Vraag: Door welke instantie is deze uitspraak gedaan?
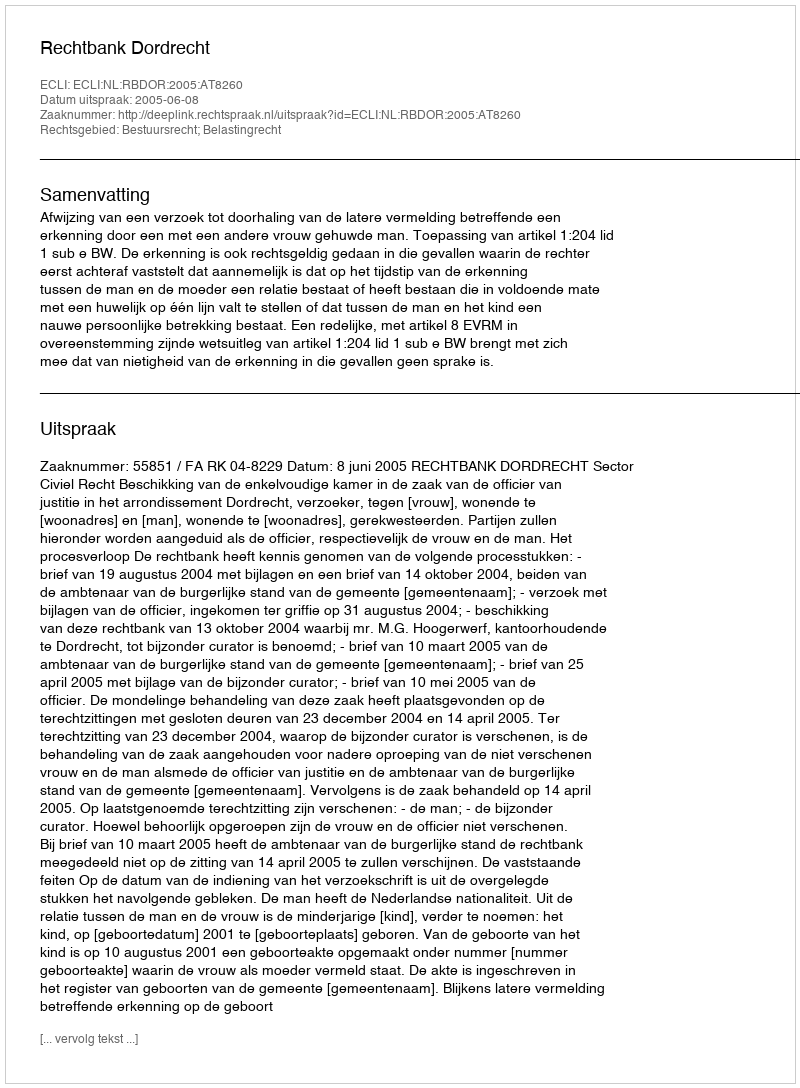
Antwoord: Rechtbank Dordrecht